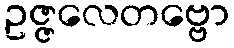
ဥဇ္ဇလေတဗ္ဗော